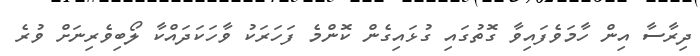
ދިރާސާ އިން ހާމަވެފައިވާ ގޮތުގައި ގުޅައިގެން ކޮންމެ ފަހަރަކު ވާހަކަދައްކާ ލޯބިވެރިނަށް ވުރެ